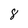
Character: 8